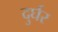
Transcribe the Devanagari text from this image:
दुर्घर